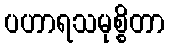
ပဟာရသမုစ္စိတာ